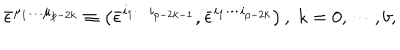
\bar { \epsilon } ^ { \mu _ { 1 } \ldots \mu _ { p - 2 k } } \equiv \left( \bar { \epsilon } ^ { i _ { 1 } \cdots i _ { p - 2 k - 1 } } , \bar { \epsilon } ^ { i _ { 1 } \cdots i _ { p - 2 k } } \right) , \; k = 0 , \cdots , b ,